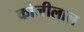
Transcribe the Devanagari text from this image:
कांजीलाल